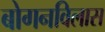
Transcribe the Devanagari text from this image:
बोगनविलास